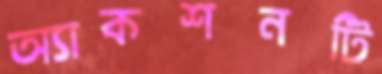
অ্যাকশনটি